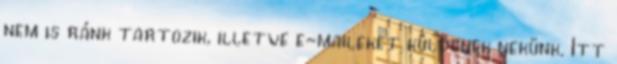
nem is ránk tartozik, illetve e-maileket küldenek nekünk. Itt